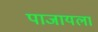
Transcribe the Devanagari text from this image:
पाजायला